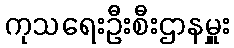
ကုသရေးဦးစီးဌာနမှူး